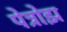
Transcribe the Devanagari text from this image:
पेत्रोझ